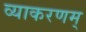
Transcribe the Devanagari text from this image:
व्याकरणम्